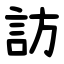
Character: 訪